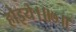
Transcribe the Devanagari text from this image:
होइये।॥७॥